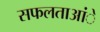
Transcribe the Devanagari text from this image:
सफलताआंे